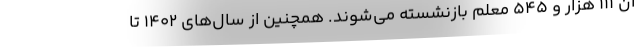
آن ۱۱۱ هزار و ۵۴۵ معلم بازنشسته می‌شوند. همچنین از سال‌های ۱۴۰۲ تا